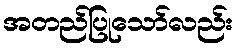
အတည်ပြုသော်လည်း